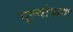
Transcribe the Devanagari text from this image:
मूल्यांकण